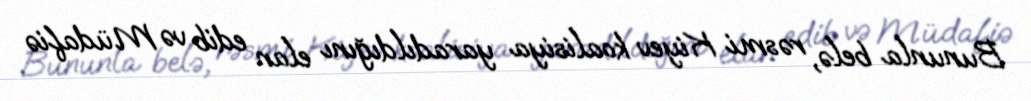
Bununla belə, rəsmi Kiyev koalisiya yaradıldığını elan edib və Müdafiə